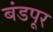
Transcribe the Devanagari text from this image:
बंडपूर